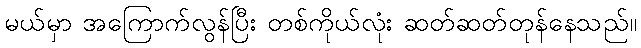
မယ်မှာ အကြောက်လွန်ပြီး တစ်ကိုယ်လုံး ဆတ်ဆတ်တုန်နေသည်။